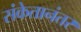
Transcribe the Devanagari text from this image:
संकेतानंतर